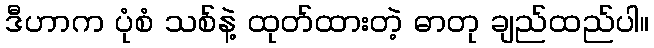
ဒီဟာက ပုံစံ သစ်နဲ့ ထုတ်ထားတဲ့ ဓာတု ချည်ထည်ပါ။